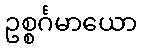
ဥစ္စင်္ဂမာယော